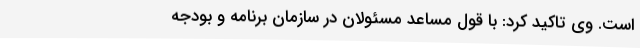
است. وی تاکید کرد: با قول مساعد مسئولان در سازمان برنامه و بودجه